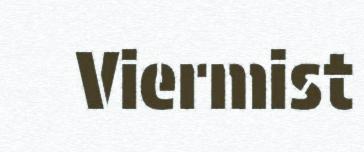
Viermist